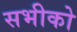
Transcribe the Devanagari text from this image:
सभीको